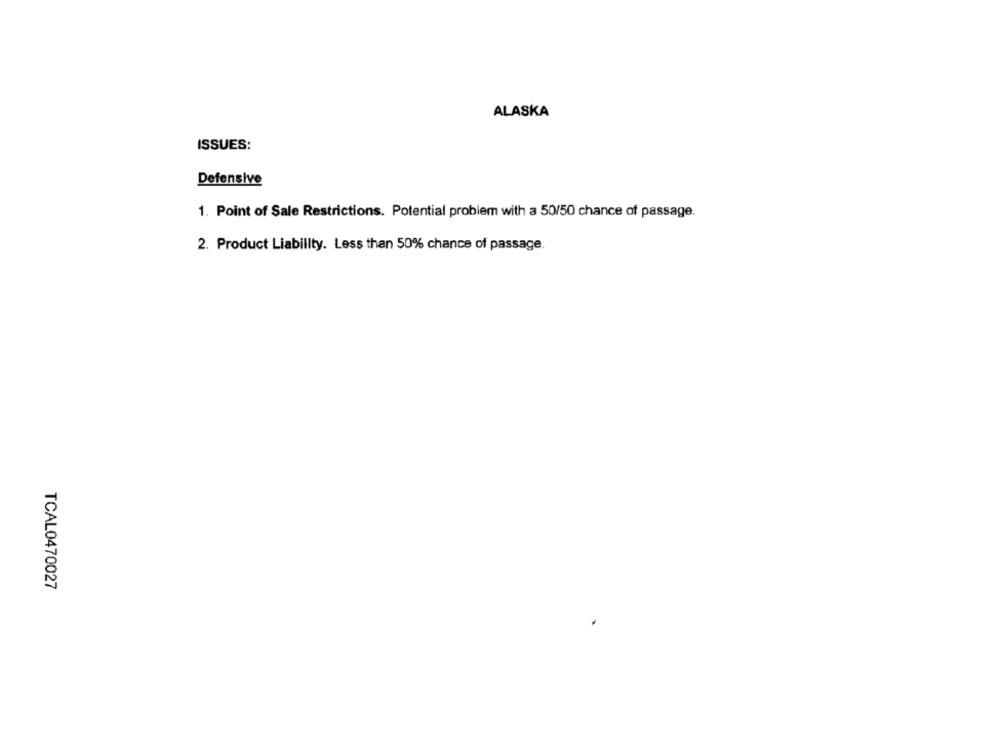
ALASKA
ISSUES:
Defensive
1. Point of Sale Restrictions. Potential problem with a 50/50 chance of passage.
2. Product Liability. Less than 50% chance of passage.
TCAL0470027